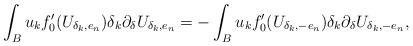
LaTeX: \begin{align*} \int_{{B}} u_k f_0'(U_{\delta_k,e_n})\delta_k \partial_\delta U_{\delta_k,e_n} =-\int_{{B}} u_k f_0'(U_{\delta_k,-e_n})\delta_k \partial_\delta U_{\delta_k,-e_n},\end{align*}